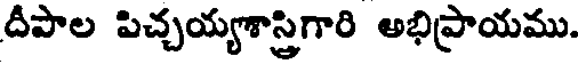
దీపాల పిచ్చయ్యశాస్త్రిగారి అభిప్రాయము.